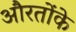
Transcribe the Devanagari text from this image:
औरतोंके